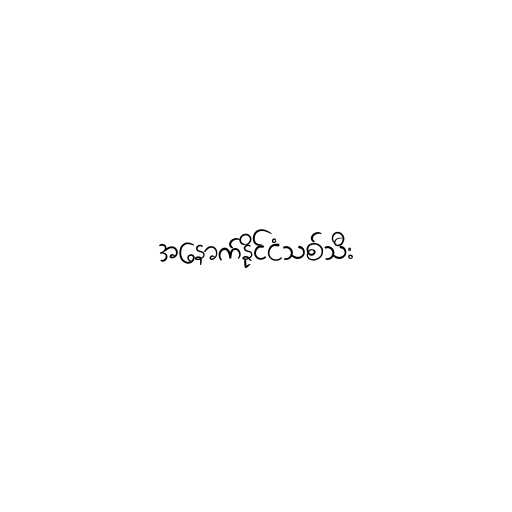
အနောက်နိုင်ငံသစ်သီး